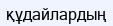
құдайлардың